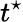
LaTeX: t^{\star}